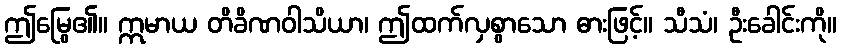
ဤမြွေ၏။ ဣမာယ တိခိဏဝါသိယာ၊ ဤထက်လှစွာသော ဓားဖြင့်။ သီသံ၊ ဦးခေါင်းကို။